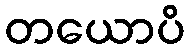
တယောပိ